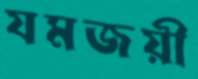
যমজয়ী